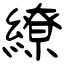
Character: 繚